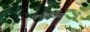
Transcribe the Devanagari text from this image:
कोहेरेंस